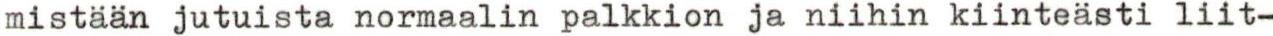
mistään jutuista normaalin palkkion ja niihin kiinteästi liit-